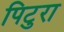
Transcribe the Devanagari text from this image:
पिटुरा